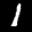
Label: 1